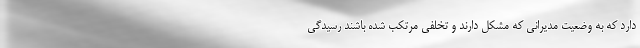
دارد که به وضعیت مدیرانی که مشکل دارند و تخلفی مرتکب شده باشند رسیدگی